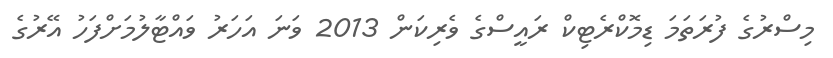
މިސްރުގެ ފުރަތަމަ ޑިމޮކްރެޓިކް ރައީސްގެ ވެރިކަން 2013 ވަނަ އަހަރު ވައްޓާލުމަށްފަހު އޭރުގެ